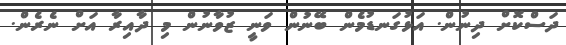
ދަސްކޮށް ދިނުން. އަޅުގަނޑުމެން ބޭނުން ވަނީ ޒުވާނުން މި ދާއިރާ އަށް ނެރެން.